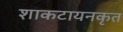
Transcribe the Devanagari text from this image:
शाकटायनकृत